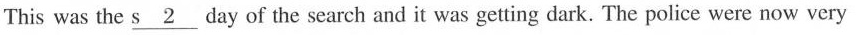
This was the s___2 day of the search and it was getting dark. The police were now very